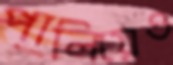
পালিয়েও